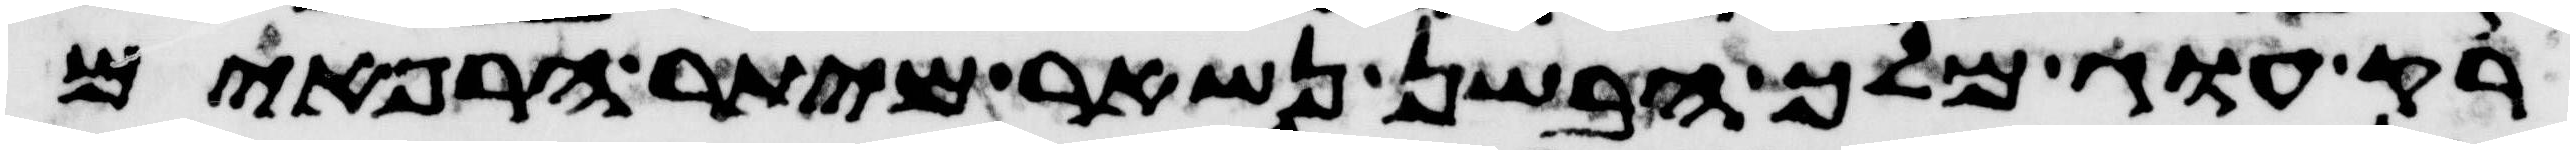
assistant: רק עוג מלך הבשן נשאר מיתר הרפאים